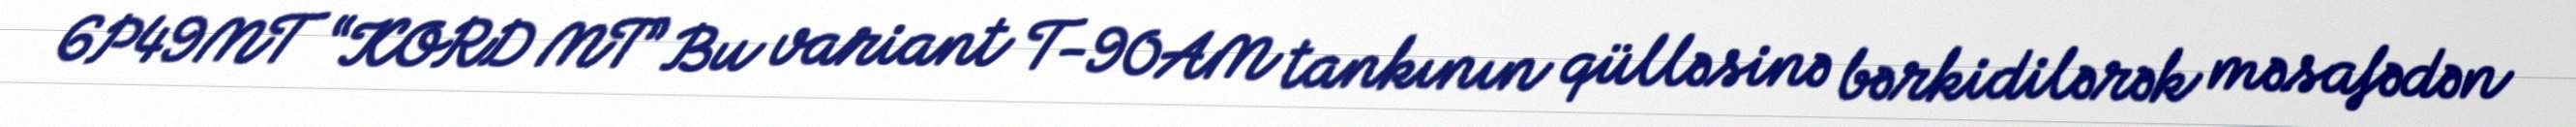
6P49MT “KORD MT” Bu variant T-90AM tankının qülləsinə bərkidilərək məsafədən